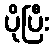
ပိုပြီး